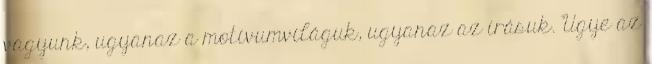
vagyunk, ugyanaz a motívumviláguk, ugyanaz az írásuk. Ugye az